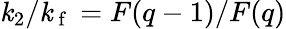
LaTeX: \mathit{k}_{2}/\mathit{k}_{\mathrm{{~f~}}}=F(q-1)/F(q)